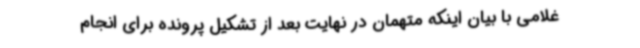
غلامی با بیان اینکه متهمان در نهایت بعد از تشکیل پرونده برای انجام